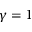
\gamma = 1